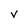
Character: V